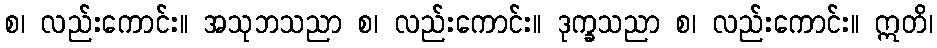
စ၊ လည်းကောင်း။ အသုဘသညာ စ၊ လည်းကောင်း။ ဒုက္ခသညာ စ၊ လည်းကောင်း။ ဣတိ၊